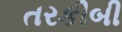
તરકીબી